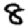
Digit: 8